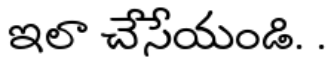
ఇలా చేసేయండి. .